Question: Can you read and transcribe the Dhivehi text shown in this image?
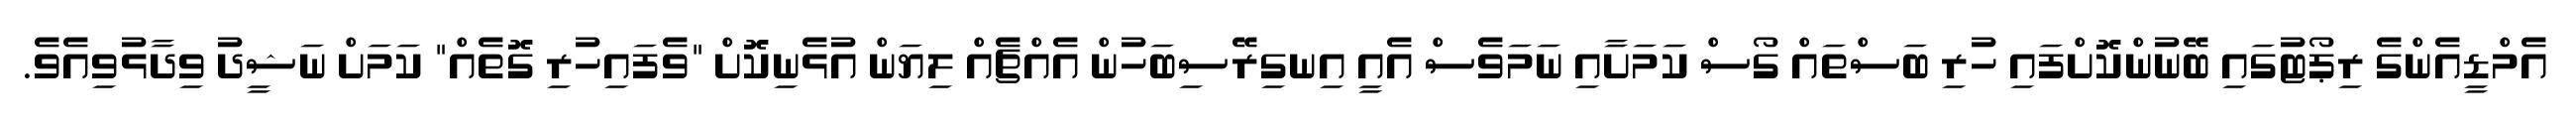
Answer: އެމްޑީއެންގެ ރިޕޯޓުގައި ބޭނުންކޮށްފައި ހުރި ބަސްތައް ގޯސް ކަމަށާއި ނަމަވެސް އެއީ އިނގިރޭސިބަހުން އެއްޗެއް ލިޔަން އުޅެނިކޮށް "ވެފައިހުރި ގޮތެއް" ކަމަށް ނަޝީދު ވިދާޅުވިއެވެ.